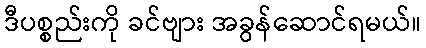
ဒီပစ္စည်းကို ခင်ဗျား အခွန်ဆောင်ရမယ်။